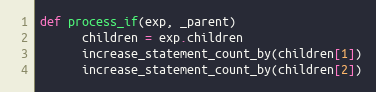
Language: Ruby
def process_if(exp, _parent)
      children = exp.children
      increase_statement_count_by(children[1])
      increase_statement_count_by(children[2])